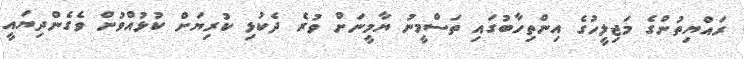
ރައްޔިތުންގެ މަޖިލީހުގެ އިންތިހާބުގައި ތަސްމީނު ޔާމީނަށް ވުރެ ދެކުޅި ކުރިޔަށް ކުޅުއްވުން ވެގެންދިޔައީ